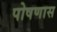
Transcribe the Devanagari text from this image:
पोषणास